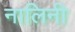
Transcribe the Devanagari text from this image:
नालिनी